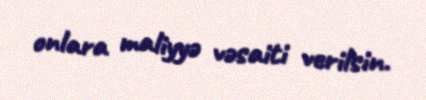
onlara maliyyə vəsaiti verilsin.